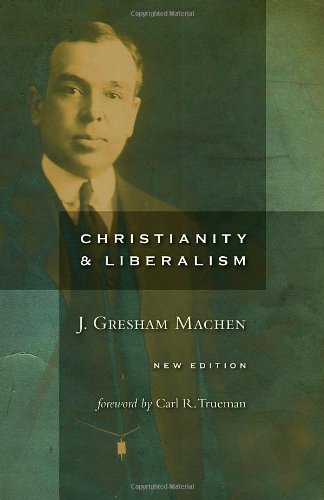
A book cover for Christianity and Liberalism, new ed.; J. Gresham Machen; Christian Books & Bibles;